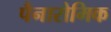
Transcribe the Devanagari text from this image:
पैनारोमिक